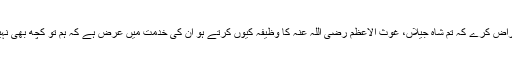
کوئی اعتراض کرے کہ تم شاہِ جیلاں، غوث الاعظم رضی اللہ عنہ کا وظیفہ کیوں کرتے ہو ان کی خدمت میں عرض ہے کہ ہم تو کچھ بھی نہیں کرتے۔